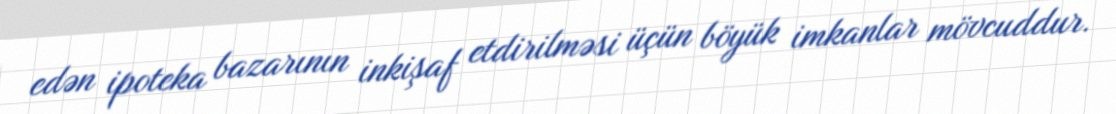
edən ipoteka bazarının inkişaf etdirilməsi üçün böyük imkanlar mövcuddur.